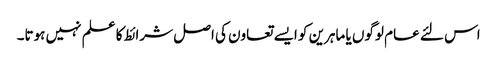
اس لئے عام لوگوں یا ماہرین کو ایسے تعاون کی اصل شرائط کا علم نہیں ہوتا۔